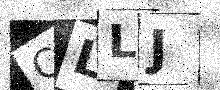
Text: CLLJ